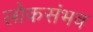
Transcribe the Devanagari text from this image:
लोकसंभव